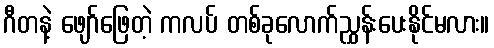
ဂီတနဲ့ ဖျော်ဖြေတဲ့ ကလပ် တစ်ခုလောက်ညွှန်းပေးနိုင်မလား။